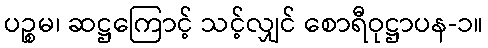
ပဉ္စမ၊ ဆဋ္ဌကြောင့် သင့်လျှင် စောရီဝုဋ္ဌာပန-၁။